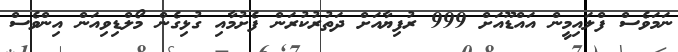
ނަމަވެސް ފްލައިމީން އައްޑޫއަށް 999 ރުފިޔާއަށް ދަތުރުކުރަން ފެށުމާއި ގުޅިގެން މޯލްޑިވިއަން އިންވެސް